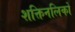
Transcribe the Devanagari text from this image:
शक्तिनलिकों